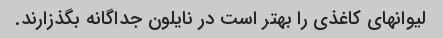
لیوانهای کاغذی را بهتر است در نایلون جداگانه بگذزارند.